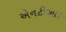
એનટીઆર